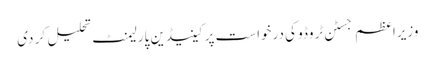
وزیراعظم جسٹن ٹروڈو کی درخواست پر کینیڈین پارلیمنٹ تحلیل کر دی